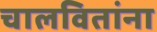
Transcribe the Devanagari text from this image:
चालवितांना